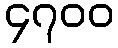
၄၇၀၀